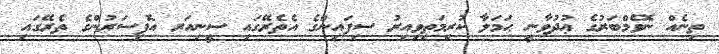
ތިނެއް ނޮވެމްބަރުގެ ޢުދުވާނީ ޙަމަލާ ކުރިމަތިވިއިރު ސިފައިންގެ އެތެރޭގައި ސީނިއަރ އޮފިސަރުންގެ ތެރޭގައި